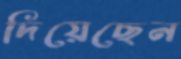
দিয়েছেন